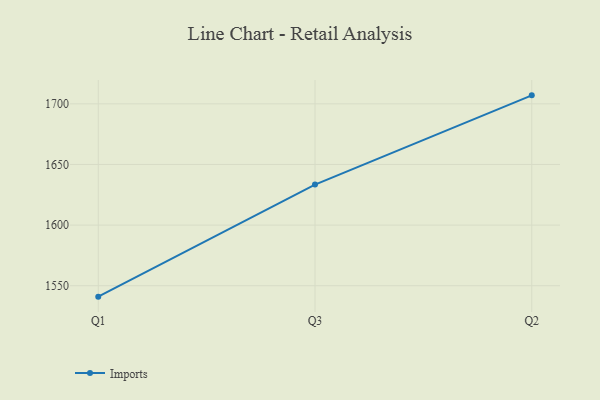
{"axis": {"x": "Quarter", "y": "Active Users"}, "legend": ["Imports"], "data": [{"x": "Q1", "y": 1541.0, "type": "Imports"}, {"x": "Q3", "y": 1633.4, "type": "Imports"}, {"x": "Q2", "y": 1707.0, "type": "Imports"}]}